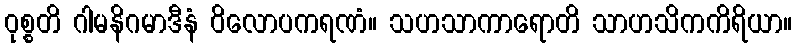
ဝုစ္စတိ ဂါမနိဂမာဒီနံ ဝိလောပကရဏံ။ သဟသာကာရောတိ သာဟသိကကိရိယာ။